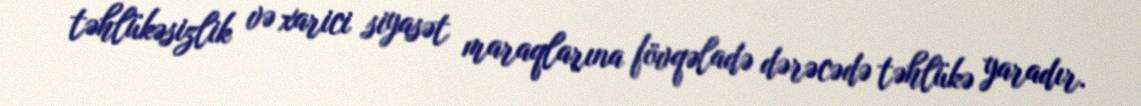
təhlükəsizlik və xarici siyasət maraqlarına fövqəladə dərəcədə təhlükə yaradır.